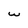
Character: w